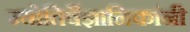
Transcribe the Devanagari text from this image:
ज्योतिर्वैज्ञानिकांनी